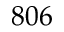
8 0 6